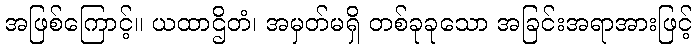
အဖြစ်ကြောင့်။ ယထာဌိတံ၊ အမှတ်မရှိ တစ်ခုခုသော အခြင်းအရာအားဖြင့်